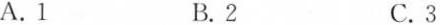
A.1 B.2 C.3